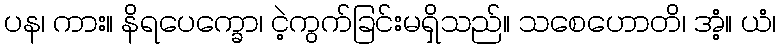
ပန၊ ကား။ နိရပေက္ခော၊ ငဲ့ကွက်ခြင်းမရှိသည်။ သစေဟောတိ၊ အံ့။ ယံ၊